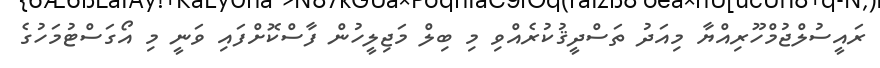
ރައީސުލްޖުމްހޫރިއްޔާ މިއަދު ތަސްދީޤުކުރެއްވި މި ބިލް މަޖިލީހުން ފާސްކޮށްފައި ވަނީ މި އޯގަސްޓުމަހުގެ